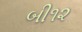
બી૧૨